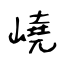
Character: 嶢